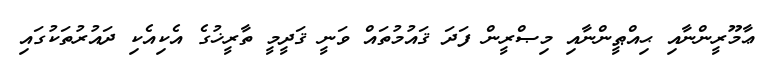
ޢާމޫރީންނާއި ޙިއްޠީންނާއި މިޞްރީން ފަދަ ޤައުމުތައް ވަނީ ޤަދީމީ ތާރީޚުގެ އެކިއެކި ދައުރުތަކުގައި